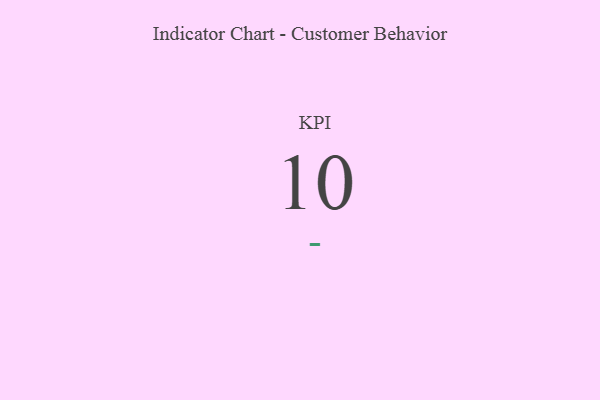
{"axis": {"x": "KPI", "y": "Value"}, "legend": [""], "data": [{"x": "KPI", "y": 10, "type": ""}]}